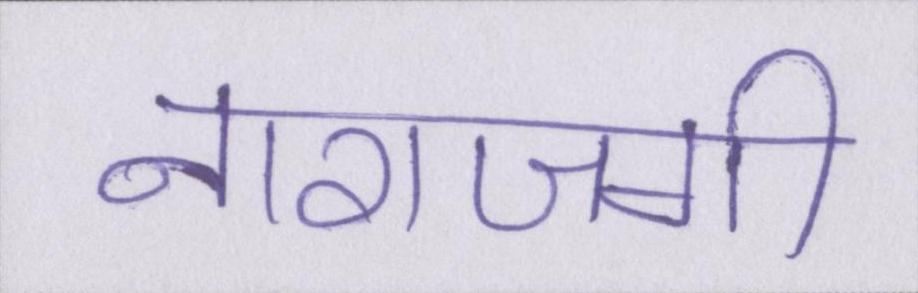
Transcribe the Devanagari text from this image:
नाराजगी